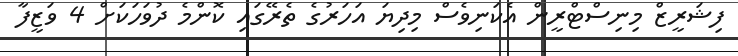
ފިޝަރީޒް މިނިސްޓްރީން އެކަނިވެސް މިދިޔަ އަހަރުގެ ތެރޭގައި ކޮންމެ ދުވަހަކަށް 4 ވަޒީފާ